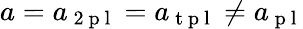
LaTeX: a=a_{\mathrm{~2~p~l~}}=a_{\mathrm{~t~p~l~}}\ne a_{\mathrm{~p~l~}}